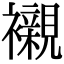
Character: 襯